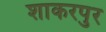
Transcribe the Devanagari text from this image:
शाकरपुर